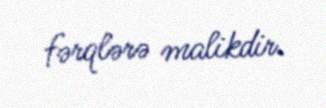
fərqlərə malikdir.